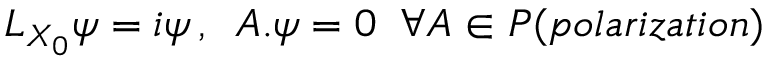
L _ { X _ { 0 } } \psi = i \psi \, , \; \; A . \psi = 0 \; \; \forall A \in { \cal P } ( p o l a r i z a t i o n )